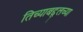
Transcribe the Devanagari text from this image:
तिच्याबद्द्लच्या